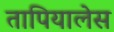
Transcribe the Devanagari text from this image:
तापियालेस